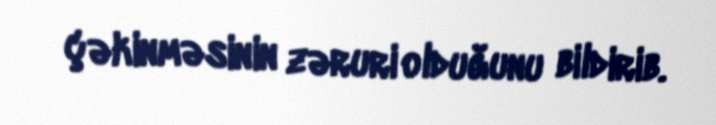
çəkinməsinin zəruri olduğunu bildirib.